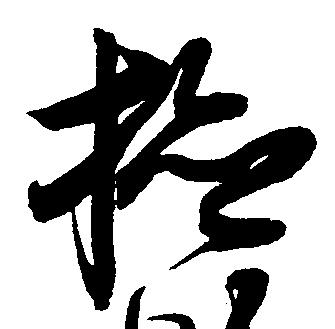
検